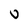
Character: U